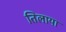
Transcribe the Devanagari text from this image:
तिलाया